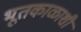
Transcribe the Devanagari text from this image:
भूतकाळाशी